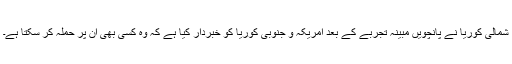
شمالی کوریا نے پانچویں مبینہ تجربے کے بعد امریکہ و جنوبی کوریا کو خبردار کیا ہے کہ وہ کسی بھی ان پر حملہ کر سکتا ہے۔